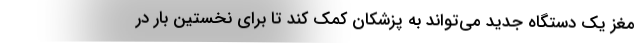
مغز یک دستگاه جدید می‌تواند به پزشکان کمک کند تا برای نخستین بار در